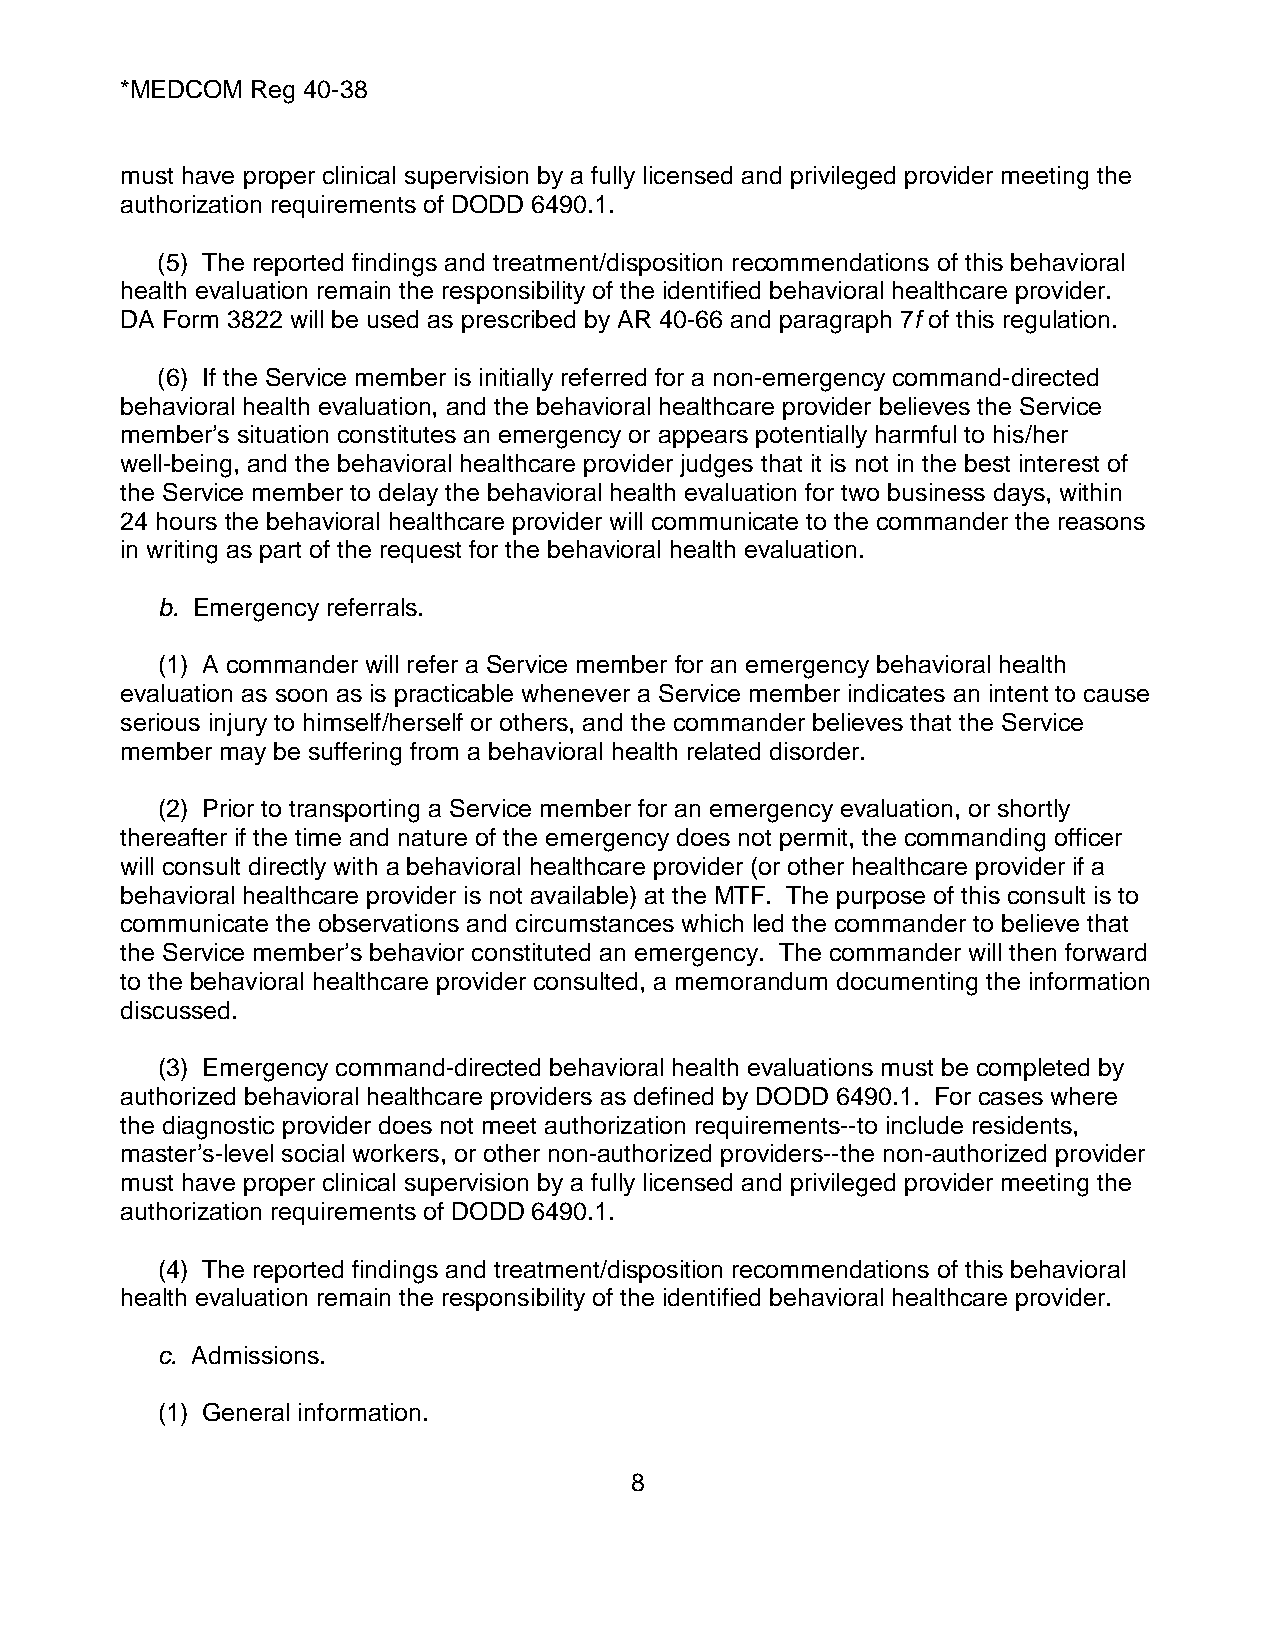
*MEDCOM  Reg 40-38
 must have proper clinical supervision by a fully licensed and privileged provider meeting the
 authorization requirements of DODD 6490.1.
 (5) The reported findings and treatment/disposition recommendations of this behavioral
 health evaluation remain the responsibility of the identified behavioral healthcare provider.
 DA Form 3822 will be used as prescribed by AR 40-66 and paragraph 7f of this regulation.
 (6) If the Service member is initially referred for a non-emergency command-directed
 behavioral health evaluation, and the behavioral healthcare provider believes the Service
 member’s situation constitutes an emergency or appears potentially harmful to his/her
 well-being, and the behavioral healthcare provider judges that it is not in the best interest of
 the Service member to delay the behavioral health evaluation for two business days, within
 24 hours the behavioral healthcare provider will communicate to the commander the reasons
 in writing as part of the request for the behavioral health evaluation.
 b. Emergency referrals.
 (1) A commander will refer a Service member for an emergency behavioral health
 evaluation as soon as is practicable whenever a Service member indicates an intent to cause
 serious injury to himself/herself or others, and the commander believes that the Service
 member may be suffering from a behavioral health related disorder.
 (2) Prior to transporting a Service member for an emergency evaluation, or shortly
 thereafter if the time and nature of the emergency does not permit, the commanding officer
 will consult directly with a behavioral healthcare provider (or other healthcare provider if a
 behavioral healthcare provider is not available) at the MTF. The purpose of this consult is to
 communicate the observations and circumstances which led the commander to believe that
 the Service member’s behavior constituted an emergency. The commander will then forward
 to the behavioral healthcare provider consulted, a memorandum documenting the information
 discussed.
 (3) Emergency command-directed behavioral health evaluations must be completed by
 authorized behavioral healthcare providers as defined by DODD 6490.1. For cases where
 the diagnostic provider does not meet authorization requirements--to include residents,
 master’s-level social workers, or other non-authorized providers--the non-authorized provider
 must have proper clinical supervision by a fully licensed and privileged provider meeting the
 authorization requirements of DODD 6490.1.
 (4) The reported findings and treatment/disposition recommendations of this behavioral
 health evaluation remain the responsibility of the identified behavioral healthcare provider.
 c. Admissions.
 (1) General information.
 8